Indian journal of veterinary science and animal husbandry - Volumes 15-17, 1948-1951
Year: 1948
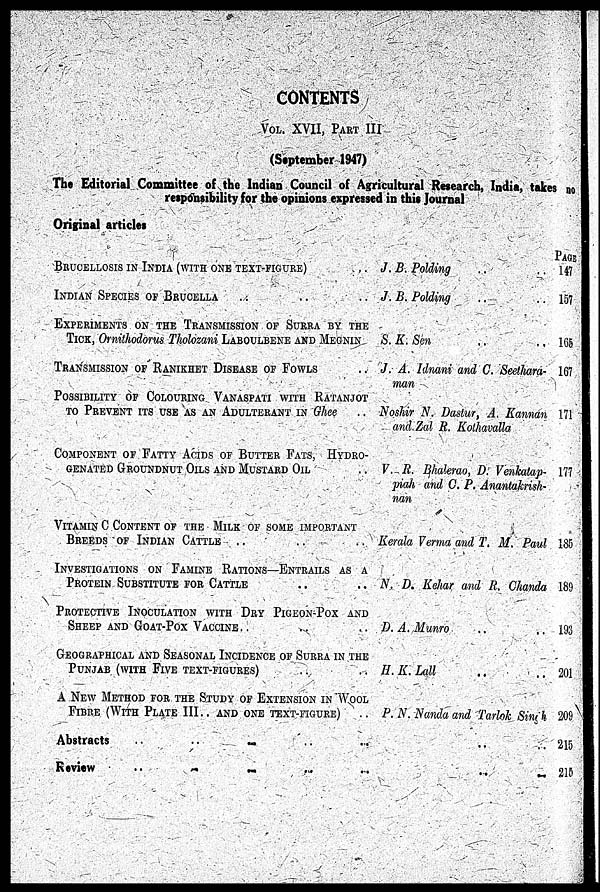
CONTENTS
VOL. XVII, PART III
(September 1947)
The Editorial Committee of the Indian Council of Agricultural Research, India, takes no
responsibility for the opinions expressed in this Journal
Original articles
BRUCELLOSIS IN INDIA (WITH ONE TEXT-FIGURE) ..
INDIAN SPECIES OF BRUCELLA .. .. ..
EXPERIMENTS ON THE TRANSMISSION OF SURRA BY THE
TICK, ORNITHODORUS THOLOZANI LABOULBENE AND MEGNIN
TRANSMISSION OF RANIKHET DISEASE OF FOWLS ..
POSSIBILITY OF COLOURING VANASPATI WITH RATANJOT
TO PREVENT ITS USE AS AN ADULTERANT IN Ghee ..
COMPONENT OF FATTY ACIDS OF BUTTER FATS, HYDRO-
GENATED GROUNDNUT OILS AND MUSTARD OIL
..
VITAMIN C CONTENT OF THE MILK OF SOME IMPORTANT
BREEDS OF INDIAN CATTLE .. .. ..
INVESTIGATIONS ON FAMINE RATIONS—ENTRAILS AS A
PROTEIN SUBSTITUTE FOR CATTLE .. ..
PROTECTIVE INOCULATION WITH DRY PIGEON-POX AND
SHEEP AND GOAT-POX VACCINE .. .. ..
GEOGRAPHICAL AND SEASONAL INCIDENCE OF SURRA IN THE
PUNJAB (WITH FIVE TEXT-FIGURES) .. ..
A NEW METHOD FOR THE STUDY OF EXTENSION IN WOOL
FIBRE (WITH PLATE III.. AND ONE TEXT-FIGURE) ..
Abstracts .. .. .. .. ..
Review
.. .. .. .. ..
J. B. Polding .. ..
J. B. Polding .. ..
S. K. Sen .. ..
J. A. Idnani and C. Seethara-
man
Noshir N. Dastur, A. Kannan
and Zal R. Kothavalla
V. R. Bhalerao, D. Venkatap-
piah and C. P. Anantakrish-
nan
Kerala Verma and T. M. Paul
N. D. Kehar and R. Chanda
D. A. Munro .. ..
H. K. Lall .. ..
P. N. Nanda and Tarlok Singh
.. ..
.. ..
PAGE
147
157
165
167
171
177
185
189
193
201
209
215
215